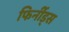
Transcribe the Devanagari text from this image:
फिर्नीड्स